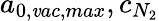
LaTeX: a_{0,\mathit{v}ac,max},c_{N_{2}}